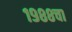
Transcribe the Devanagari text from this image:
१९८८चा